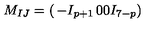
M _ { I J } = \left( \begin{matrix} { - I _ { p + 1 } } & { 0 } \\ { 0 } & { I _ { 7 - p } } \\ \end{matrix} \right)